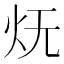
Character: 𭴊